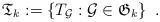
LaTeX: \begin{align*}\mathfrak{T}_{k}:=\left\{ T_{\mathcal{G}}:\mathcal{G}\in\mathfrak{G}_{k}\right\} \ .\end{align*}